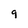
Character: 9